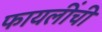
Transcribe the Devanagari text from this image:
फायलींची